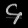
Digit: ၄